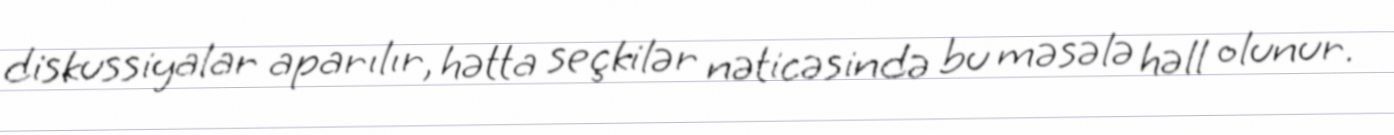
diskussiyalar aparılır, hətta seçkilər nəticəsində bu məsələ həll olunur.